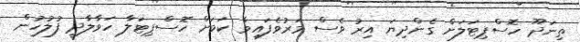
ތިނަދޫ ހޮސްޕިޓަލަށް ގެންދިޔަ އިރު ވެސް މަރުވެފައިވާ ކަމަށް ހޮސްޕިޓަލާ ހަވާލާދީ ފުލުހުން